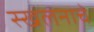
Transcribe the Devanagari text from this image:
स्खलनाचे